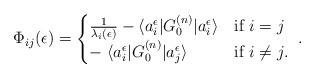
LaTeX: \begin{align*}\Phi_{ij} (\epsilon) =\begin{cases} {1 \over \lambda_i(\epsilon)} - \langle a_{i}^{\epsilon} | G^{(n)}_{0} | a_{i}^{\epsilon} \rangle& \textrm{if $i = j$} \\- \; \langle a_{i}^{\epsilon} | G^{(n)}_{0} | a_{j}^{\epsilon} \rangle& \textrm{if $i \neq j$}.\end{cases} \;.\end{align*}